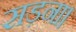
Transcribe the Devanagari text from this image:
सड़ना।